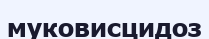
муковисцидоз